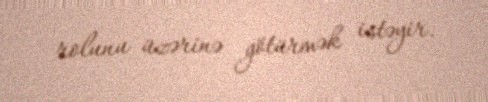
rolunu üzərinə götürmək istəyir.